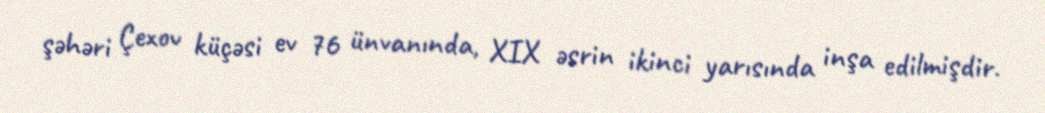
şəhəri Çexov küçəsi ev 76 ünvanında, XIX əsrin ikinci yarısında inşa edilmişdir.